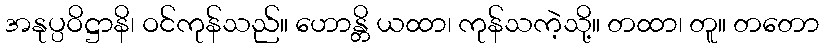
အနုပ္ပဝိဋ္ဌာနိ၊ ဝင်ကုန်သည်။ ဟောန္တိ ယထာ၊ ကုန်သကဲ့သို့။ တထာ၊ တူ။ တတော